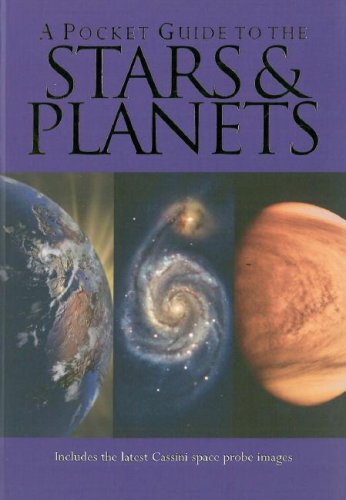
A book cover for A Pocket Guide to the Stars and Planets; Duncan John; Science & Math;